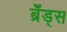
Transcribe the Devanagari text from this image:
ब्रँड्स